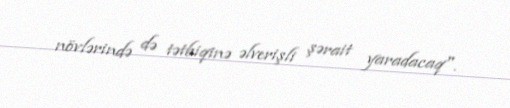
növlərində də tətbiqinə əlverişli şərait yaradacaq".